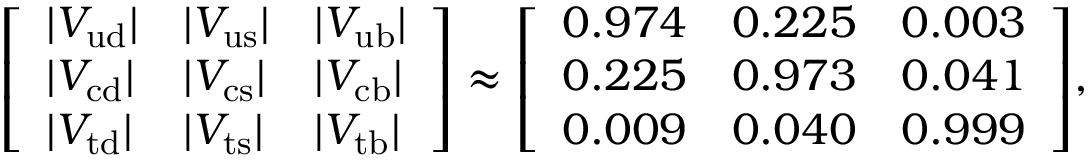
{ \left[ \begin{array} { l l l } { | V _ { \mathrm { u d } } | } & { | V _ { \mathrm { u s } } | } & { | V _ { \mathrm { u b } } | } \\ { | V _ { \mathrm { c d } } | } & { | V _ { \mathrm { c s } } | } & { | V _ { \mathrm { c b } } | } \\ { | V _ { \mathrm { t d } } | } & { | V _ { \mathrm { t s } } | } & { | V _ { \mathrm { t b } } | } \end{array} \right] } \approx { \left[ \begin{array} { l l l } { 0 . 9 7 4 } & { 0 . 2 2 5 } & { 0 . 0 0 3 } \\ { 0 . 2 2 5 } & { 0 . 9 7 3 } & { 0 . 0 4 1 } \\ { 0 . 0 0 9 } & { 0 . 0 4 0 } & { 0 . 9 9 9 } \end{array} \right] } ,